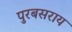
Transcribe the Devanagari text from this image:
पुरबसराय